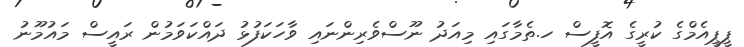
ޕީޕީއެމްގެ ކުރީގެ އޮފީސް ހ.ތެމާގައި މިއަދު ނޫސްވެރިންނައި ވާހަކަފުޅު ދައްކަވަމުން ރައީސް މައުމޫނު